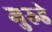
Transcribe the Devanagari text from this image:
मुरुडे